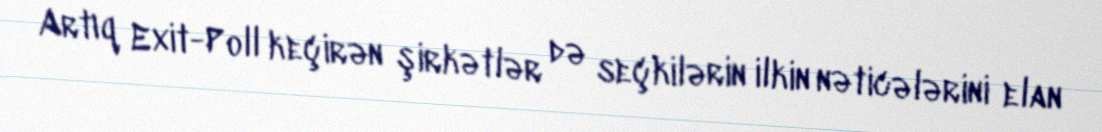
Artıq Exit-Poll keçirən şirkətlər də seçkilərin ilkin nəticələrini elan